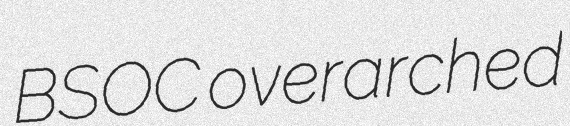
BSOC overarched